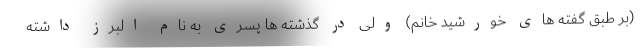
(بر طبق گفته های خورشید خانم) ولی در گذشته ها پسری به نام البرز داشته